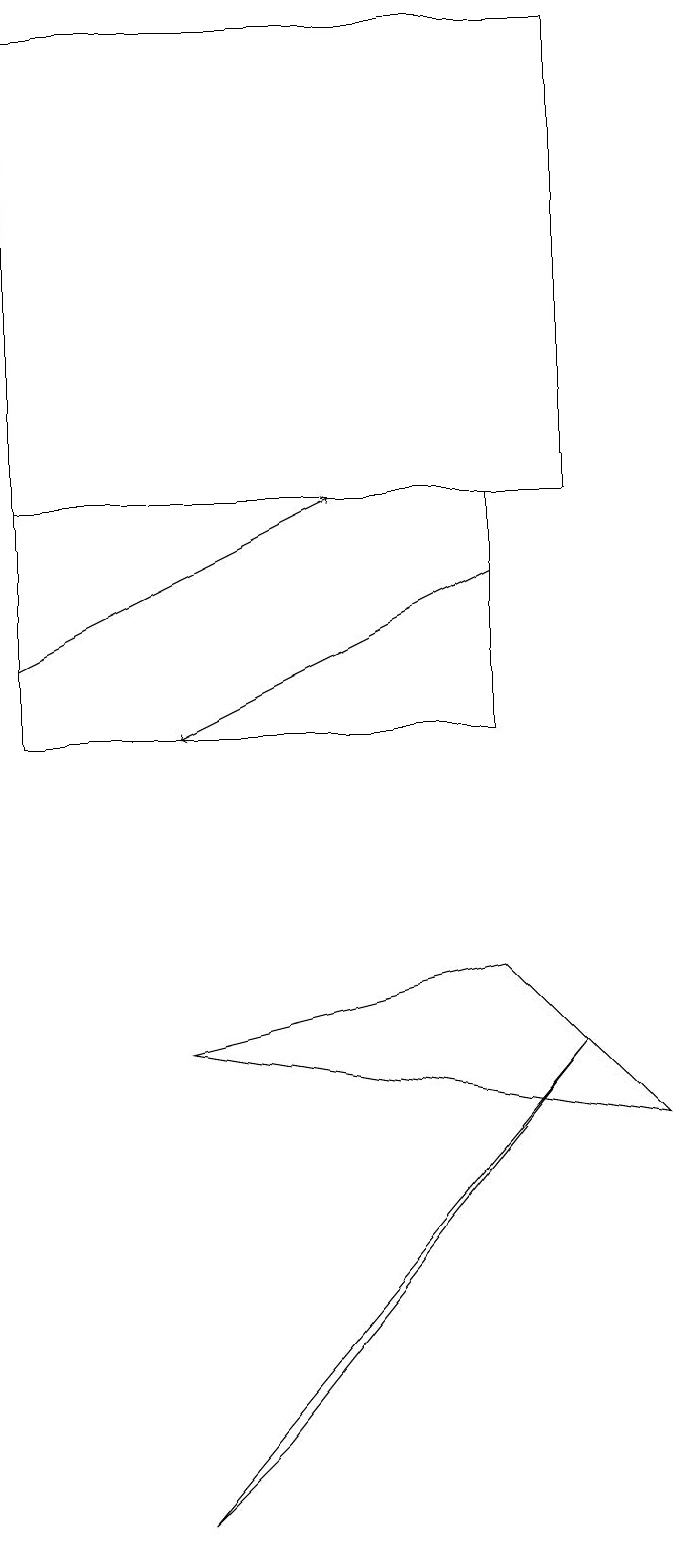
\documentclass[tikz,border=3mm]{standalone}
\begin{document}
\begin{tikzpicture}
\draw (8,5) -- (6,7) -- (2,6) -- cycle;
\draw[->] (6,12) -- (2,10);
\draw[->] (0,11) -- (4,13);
\draw (0,13) rectangle (6,10);
\draw (3,1) -- (7,6) -- (2,0) -- cycle;
\draw (7,13) rectangle (0,19);
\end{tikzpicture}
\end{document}